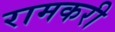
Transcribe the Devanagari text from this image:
रामकरी